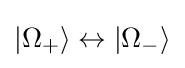
|\Omega _{+}\rangle \leftrightarrow |\Omega _{-}\rangle